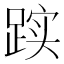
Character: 𲃭